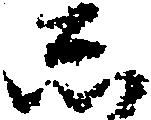
し